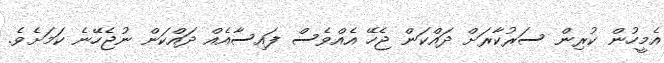
އެމީހުން ކުރިން ސަރުކާރަށް ދައްކަން ޖެހޭ އެއްވެސް ފައިސާއެއް ދައްކަން ނުޖެހޭނެ ކަމަށެވެ.